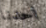
احدنا